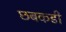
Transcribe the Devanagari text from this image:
छबकडी